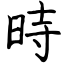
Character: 時